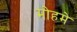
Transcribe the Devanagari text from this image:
मोहमे